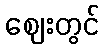
ဈေးတွင်